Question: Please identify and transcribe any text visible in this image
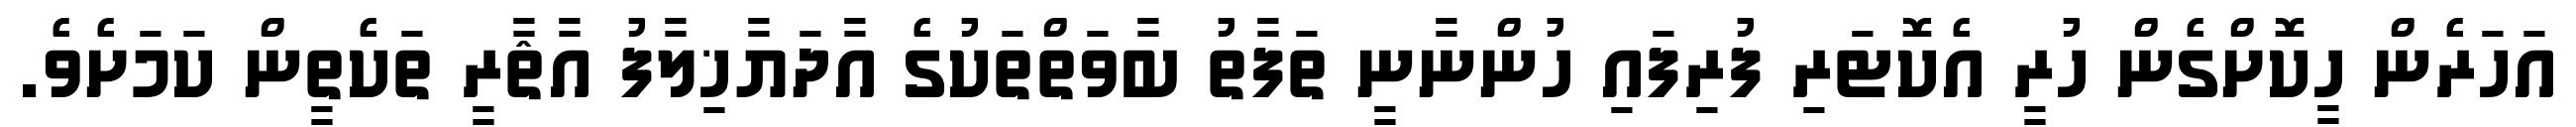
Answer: އަހަރެން ހީކޮށްގެން ހުރީ އެކޮޓަރި ފުރިފައި ހުންނާނީ ތަފާތު ބާވަތްތަކުގެ އާދަޔާޚިލާފު އާޘާރީ ތަކެތީން ކަމަށެވެ.